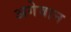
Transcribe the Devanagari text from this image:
अगेवान